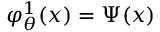
\varphi _ { \theta } ^ { 1 } ( x ) = \Psi ( x )